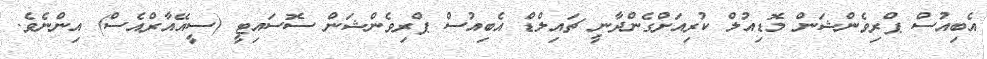
އެބިއުސް ޕްރިވެންޝަން މޮޑިއުލް ކުރިއަށްގެންދާނީ ޗައިލްޑް އެބިއުސް ޕްރިވެންޝަން ސޮސައިޓީ (ސީއޭއާރްއެސް) އިންނެވެ.